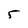
Character: 5